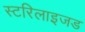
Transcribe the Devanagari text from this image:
स्टरिलाइजड